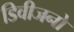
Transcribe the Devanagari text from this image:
डिवीजनो